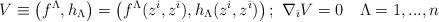
LaTeX: \begin{align*}V \equiv \left( f^\Lambda, h_\Lambda \right) =\left( f^\Lambda(z^i,z^{\bar \imath}), h_\Lambda (z^i,z^{\bar \imath})\right) ; \,\, \nabla_{\bar \imath} V=0 \quad \Lambda =1,...,n\end{align*}